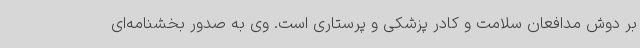
بر دوش مدافعان سلامت و کادر پزشکی و پرستاری است. وی به صدور بخشنامه‌ای